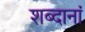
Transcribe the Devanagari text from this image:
शब्दानां